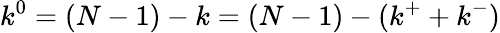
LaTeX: k^{0}=(N-1)-k=(N-1)-(k^{+}+k^{-})